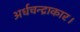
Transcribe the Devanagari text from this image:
अर्धचन्द्राकार।